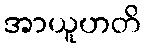
အာယူဟတိ